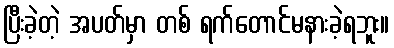
ပြီးခဲ့တဲ့ အပတ်မှာ တစ် ရက်တောင်မနားခဲ့ရဘူး။